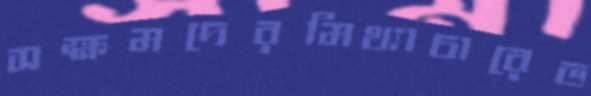
সক্ষমদেরমিথ্যাচারেভ